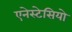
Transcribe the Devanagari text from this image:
एनेस्टेसियो